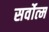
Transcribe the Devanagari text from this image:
सर्वोत्‍म